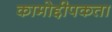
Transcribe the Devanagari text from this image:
कामोद्दीपकता